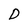
Character: D